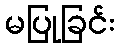
မပြုခြင်း